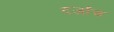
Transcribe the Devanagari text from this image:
दर्जाच